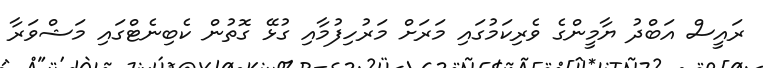
ރައީސް އަބްދު ޔާމީންގެ ވެރިކަމުގައި މަރަށް މަރުހިފުމާއި ގުޅޭ ގޮތުން ކެބިނެޓްގައި މަޝްވަރާ